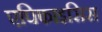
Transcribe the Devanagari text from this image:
एपिफाइसिस